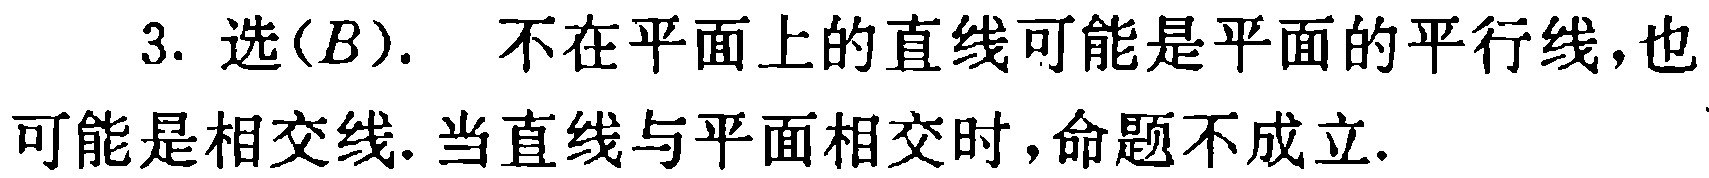
3. 选(B). 不在平面上的直线可能是平面的平行线,也可能是相交线.当直线与平面相交时,命题不成立.